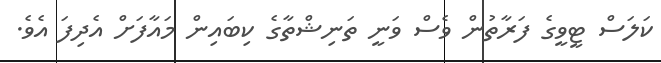
ކަލަސް ޓީވީގެ ފަރާތުން ވެސް ވަނީ ތަނިޝްތާގެ ކިބައިން މައާފަށް އެދިފަ އެވެ.